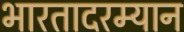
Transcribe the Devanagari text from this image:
भारतादरम्यान